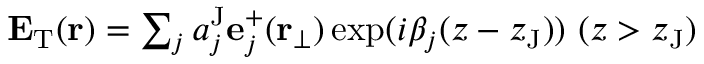
\begin{array} { r } { \mathbf { E } _ { \mathrm { T } } ( \mathbf { r } ) = \sum _ { j } a _ { j } ^ { \mathrm { J } } \mathbf { e } _ { j } ^ { + } ( \mathbf { r } _ { \perp } ) \exp ( i \beta _ { j } ( z - z _ { \mathrm { J } } ) ) \ ( z > z _ { \mathrm { J } } ) } \end{array}